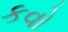
કવો